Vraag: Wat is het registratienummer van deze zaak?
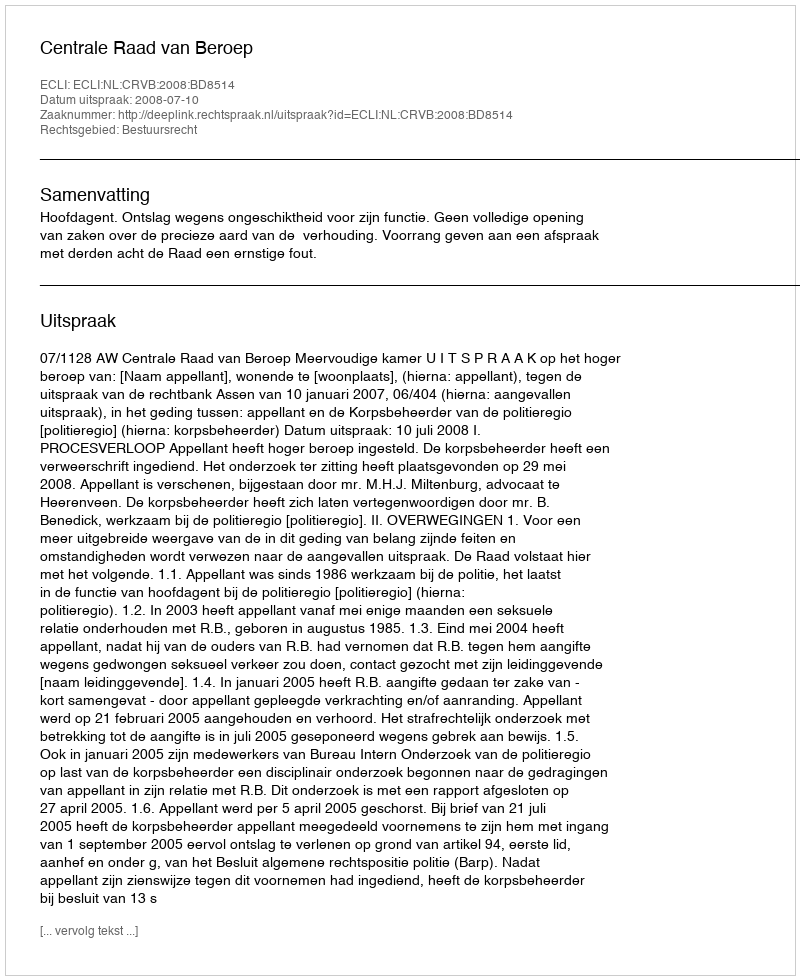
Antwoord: http://deeplink.rechtspraak.nl/uitspraak?id=ECLI:NL:CRVB:2008:BD8514